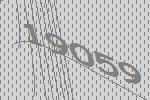
19059